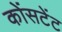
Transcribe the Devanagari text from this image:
कोंसटेंट